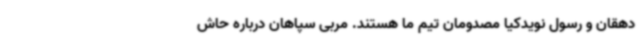
دهقان و رسول نویدکیا مصدومان تیم ما هستند. مربی سپاهان درباره حاش